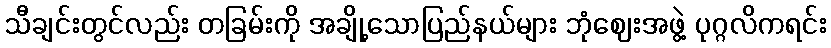
သီချင်းတွင်လည်း တခြမ်းကို အချို့သောပြည်နယ်များ ဘုံဈေးအဖွဲ့ ပုဂ္ဂလိကရင်း